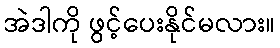
အဲဒါကို ဖွင့်ပေးနိုင်မလား။